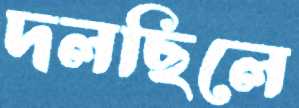
দলছিলে